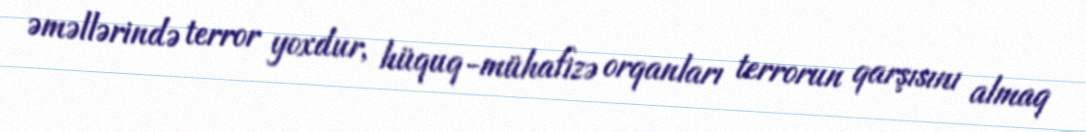
əməllərində terror yoxdur, hüquq-mühafizə orqanları terrorun qarşısını almaq